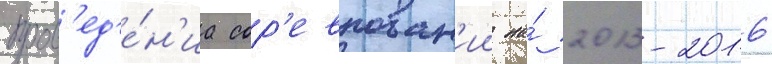
пров'ед'е́н'иа сор'евнован'ии на́ 2013-2016